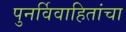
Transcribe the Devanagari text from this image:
पुनर्विवाहितांचा